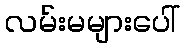
လမ်းမများပေါ်